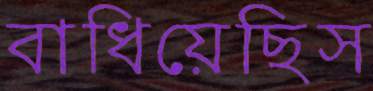
বাধিয়েছিস